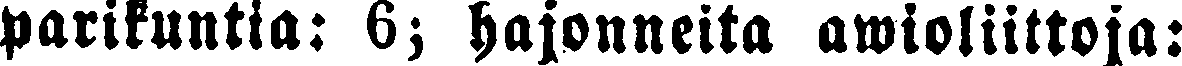
parikuntia: 6; hajonneita awioliittoja: